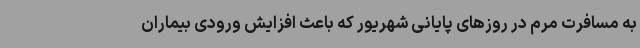
به مسافرت مرم در روزهای پایانی شهریور که باعث افزایش ورودی بیماران